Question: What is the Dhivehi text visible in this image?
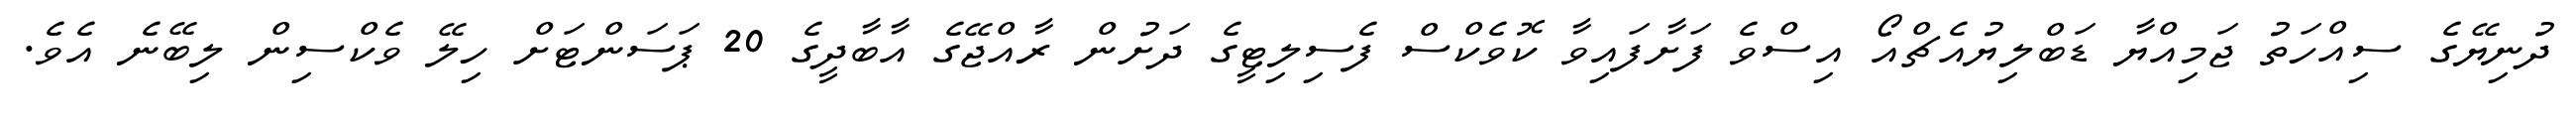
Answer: ދުނިޔޭގެ ސިއްހަތު ޖަމިއްޔާ ޑަބްލިޔުއެޗްއޯ އިސްވެ ފަށާފައިވާ ކޮވެކްސް ފެސިލިޓީގެ ދަށުން ރާއްޖޭގެ އާބާދީގެ 20 ޕަސަންޓަށް ހިލޭ ވެކްސިން ލިބޭނެ އެވެ.